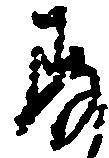
存